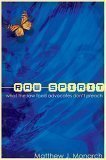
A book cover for Raw Spirit What The Raw Food Advocates Don't Preach; Matthew J Monarch; Health, Fitness & Dieting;